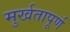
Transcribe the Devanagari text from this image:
मुर्खतापूर्ण